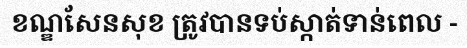
ខណ្ឌសែនសុខ ត្រូវបានទប់ស្កាត់ទាន់ពេល -